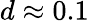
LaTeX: d\approx 0.1